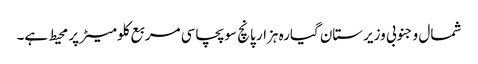
شمال و جنوبی وزیرستان گیارہ ہزار پانچ سو پچاسی مربع کلومیٹر پر محیط ہے۔